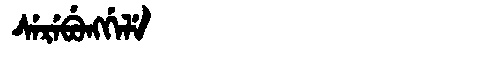
Manchu: ᠰᡝᡵᡝᠪᡠᠩᡤᡝᠯᡝ
Romanization: SEREBUNGGELE